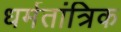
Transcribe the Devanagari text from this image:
धर्मतांत्रिक